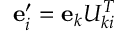
{ \bf e } _ { i } ^ { \prime } = { \bf e } _ { k } U _ { k i } ^ { T }